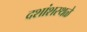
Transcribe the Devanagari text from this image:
दशांशस्थळे